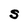
Character: S